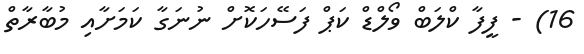
16) - ފީފާ ކްލަބް ވޯލްޑް ކަޕް ފަސޭހަކޮށް ނުނަގާ ކަމަށާއި މުބާރާތް